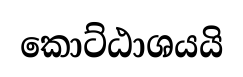
කොට්ඨාශයයි